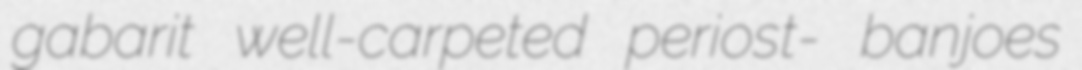
gabarit well-carpeted periost- banjoes